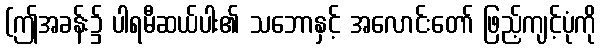
(ဤအခန်း၌ ပါရမီဆယ်ပါး၏ သဘောနှင့် အလောင်းတော် ဖြည့်ကျင့်ပုံကို